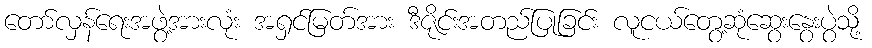
တော်လှန်ရေးအဖွဲ့အားလုံး အရှင်မြတ်အား ဒီဇိုင်းအတည်ပြုခြင်း လူငယ်တွေ့ဆုံဆွေးနွေးပွဲသို့